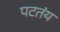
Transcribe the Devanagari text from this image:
पटतंय